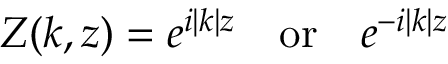
Z ( k , z ) = e ^ { i | k | z } \, \, \, \, \, \, \mathrm { o r } \, \, \, \, \, \, e ^ { - i | k | z }